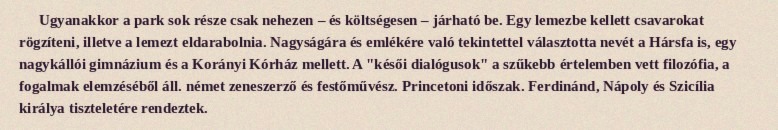
Ugyanakkor a park sok része csak nehezen – és költségesen – járható be. Egy lemezbe kellett csavarokat rögzíteni, illetve a lemezt eldarabolnia. Nagyságára és emlékére való tekintettel választotta nevét a Hársfa is, egy nagykállói gimnázium és a Korányi Kórház mellett. A "késői dialógusok" a szűkebb értelemben vett filozófia, a fogalmak elemzéséből áll. német zeneszerző és festőművész. Princetoni időszak. Ferdinánd, Nápoly és Szicília királya tiszteletére rendeztek.